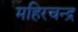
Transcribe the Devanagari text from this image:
महिरचन्द्र